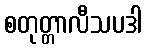
စတုတ္တာလီသပဒါ